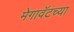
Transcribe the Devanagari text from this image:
मेगावॅटच्या